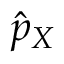
\hat { p } _ { X }